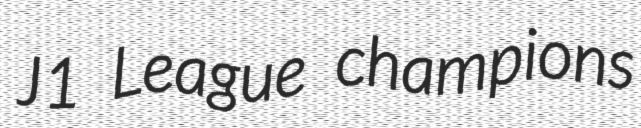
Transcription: J1 League champions